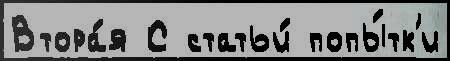
Втора́я С статьи́ попы́тк'и